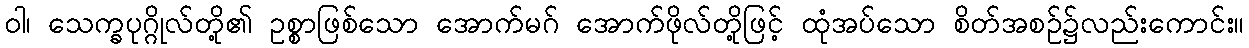
ဝါ၊ သေက္ခပုဂ္ဂိုလ်တို့၏ ဥစ္စာဖြစ်သော အောက်မဂ် အောက်ဖိုလ်တို့ဖြင့် ထုံအပ်သော စိတ်အစဉ်၌လည်းကောင်း။